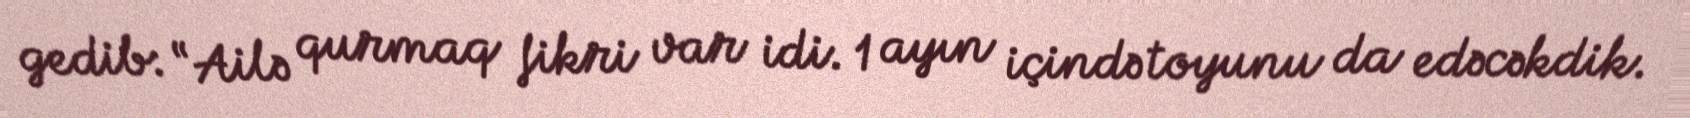
gedib: “Ailə qurmaq fikri var idi. 1 ayın içində toyunu da edəcəkdik.